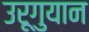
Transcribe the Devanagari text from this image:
उरूगुयान